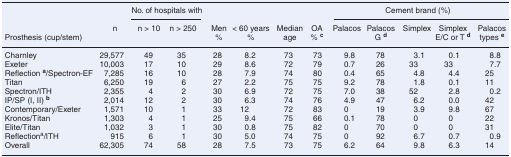
|  |  | <COLSPAN=2> No. of hospitals with |  |  |  |  | <COLSPAN=5> Cement brand (%) |
 | Prosthesis (cup/stem) | n | n > 10 | n > 250 | Men % | < 60 years % | Median age | OA % c | Palacos | Palacos G d | Simplex | Simplex E/C or T d | Palacos types e |
 | --- | --- | --- | --- | --- | --- | --- | --- | --- | --- | --- | --- | --- |
 | Charnley | 29,577 | 49 | 35 | 28 | 8.2 | 73 | 73 | 9.8 | 78 | 3.1 | 0.1 | 8.8 |
 | Exeter | 10,003 | 17 | 10 | 29 | 8.6 | 72 | 79 | 0.7 | 26 | 33 | 33 | 7.7 |
 | Reflection a/Spectron-EF | 7,285 | 16 | 10 | 28 | 7.9 | 74 | 80 | 0.4 | 65 | 4.8 | 4.4 | 25 |
 | Titan | 6,250 | 19 | 6 | 27 | 2.2 | 75 | 75 | 9.2 | 78 | 1.8 | 0.1 | 11 |
 | Spectron/ITH | 2,355 | 4 | 2 | 30 | 6.9 | 72 | 75 | 7.0 | 38 | 52 | 2.8 | 0.2 |
 | IP/SP (I, II) b | 2,014 | 12 | 2 | 30 | 6.3 | 74 | 76 | 4.9 | 47 | 6.2 | 0.0 | 42 |
 | Contemporary/Exeter | 1,571 | 10 | 1 | 33 | 12 | 72 | 83 | 0 | 19 | 3.9 | 9.8 | 67 |
 | Kronos/Titan | 1,303 | 4 | 1 | 25 | 9.4 | 75 | 66 | 0.1 | 78 | 0 | 0 | 22 |
 | Elite/Titan | 1,032 | 3 | 1 | 30 | 0.8 | 75 | 82 | 0 | 70 | 0 | 0 | 31 |
 | Reflectiona/ITH | 915 | 6 | 1 | 30 | 5.0 | 74 | 75 | 0 | 92 | 6.7 | 0.7 | 0.9 |
 | Overall | 62,305 | 74 | 58 | 28 | 7.5 | 73 | 75 | 6.2 | 64 | 9.8 | 6.3 | 14 |